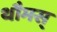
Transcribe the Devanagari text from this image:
थौमस्